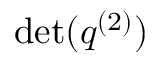
\operatorname* { d e t } ( q ^ { ( 2 ) } )